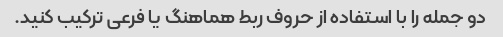
دو جمله را با استفاده از حروف ربط هماهنگ یا فرعی ترکیب کنید.